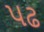
પઢ